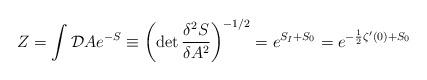
LaTeX: \begin{align*}Z=\int {\cal D}Ae^{-S}\equiv \left(\det\frac{\delta^2S}{\delta A^2} \right)^{-1/2}=e^{S_I+S_0}= e^{-\frac{1}{2}\zeta'(0)+S_0}\end{align*}